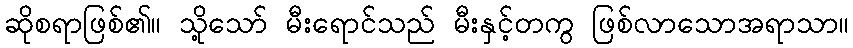
ဆိုစရာဖြစ်၏။ သို့သော် မီးရောင်သည် မီးနှင့်တကွ ဖြစ်လာသောအရာသာ။